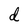
Character: d